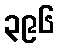
၃၉၆